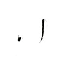
٠١